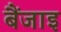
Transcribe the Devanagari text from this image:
बैंजाइ